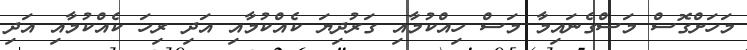
މަހަށްގޮސް މަސްގެނައިމާ މަސް ހިއްކުމާއި ގަރުދިޔަ ކެއްކުމާއި އަދި ރިހަ ކެއްކުމާއި އަދި